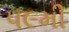
૫૯મી